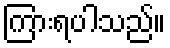
ကြားရပါသည်။